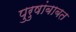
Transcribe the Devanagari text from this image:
पुरुषांबाबत